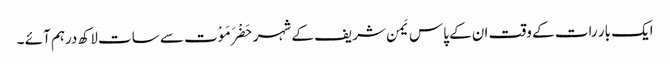
ایک بار رات کے وقت ان کے پاس یَمن شریف کے شہر حَضْرَمَوْت سے سات لاکھ درہم آئے ۔